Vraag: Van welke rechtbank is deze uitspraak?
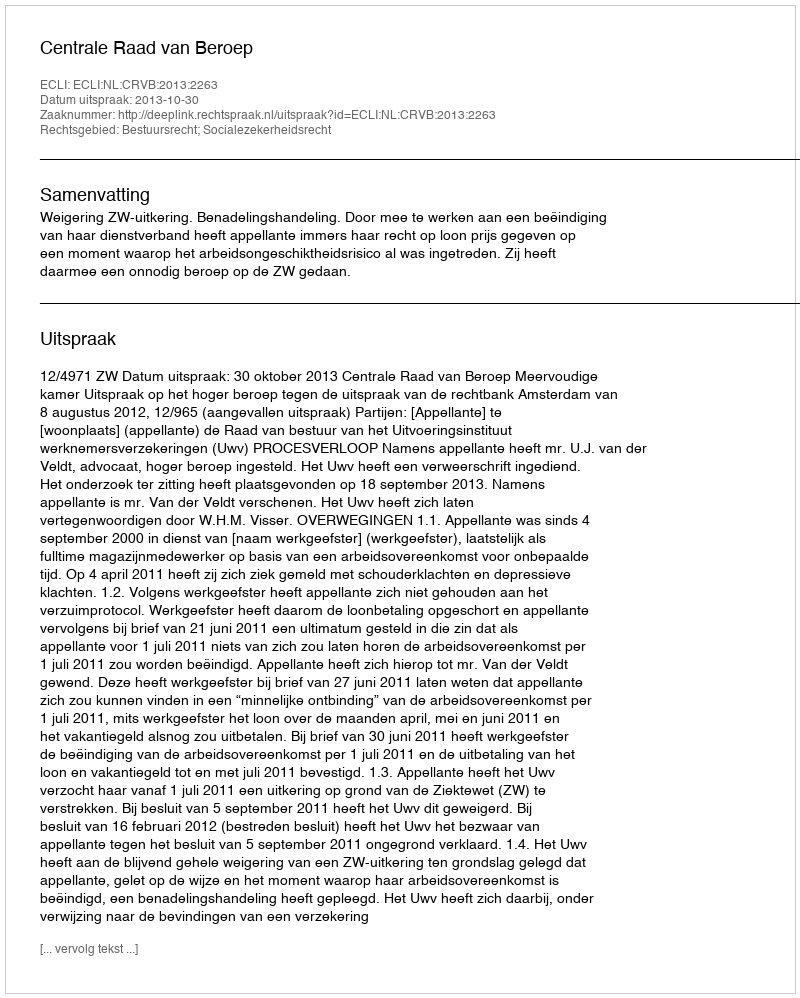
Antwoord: Centrale Raad van Beroep